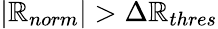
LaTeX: \left|\mathbb{R}_{norm}\right|>\Delta\mathbb{R}_{thres}